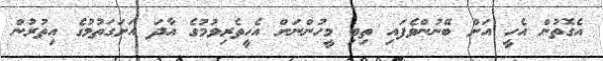
އެގޮތުން އެހީ އަށް ބޭނުންވެފައި ތިބި މީހުންނަށް އެހީތެރިވުމުގެ އާދަ އަށަގަތުމުގެ އިތުރުން